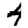
Digit: 4